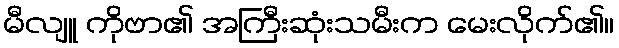
မီလျူ ကိုဗာ၏ အကြီးဆုံးသမီးက မေးလိုက်၏။